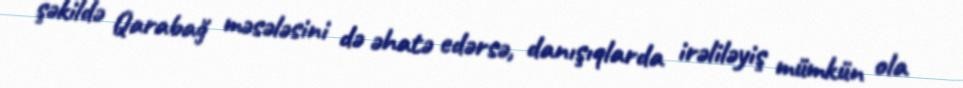
şəkildə Qarabağ məsələsini də əhatə edərsə, danışıqlarda irəliləyiş mümkün ola